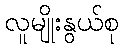
လူမျိုးနွယ်စု